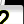
Digit: 2